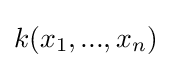
k(x_{1},...,x_{n})